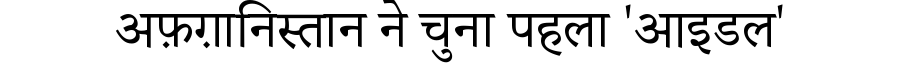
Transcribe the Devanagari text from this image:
अफ़ग़ानिस्तान ने चुना पहला 'आइडल'